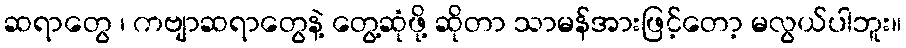
ဆရာတွေ ၊ ကဗျာဆရာတွေနဲ့ တွေ့ဆုံဖို့ ဆိုတာ သာမန်အားဖြင့်တော့ မလွယ်ပါဘူး။